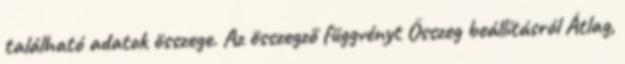
található adatok összege. Az összegző függvényt Összeg beállításról Átlag,